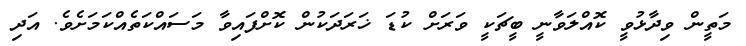
މަތީން ވިދާޅުވީ ކޮއްލަވާނީ ބީޗަކީ ވަރަށް ކުޑަ ޚަރަދަކުން ކޮށްފައިވާ މަސައްކަތެއްކަމަށެވެ. އަދި